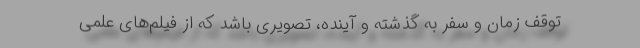
توقف زمان و سفر به گذشته و آینده، تصویری باشد که از فیلم‌های علمی